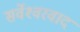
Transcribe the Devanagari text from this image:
सर्वेश्‍वरवाद